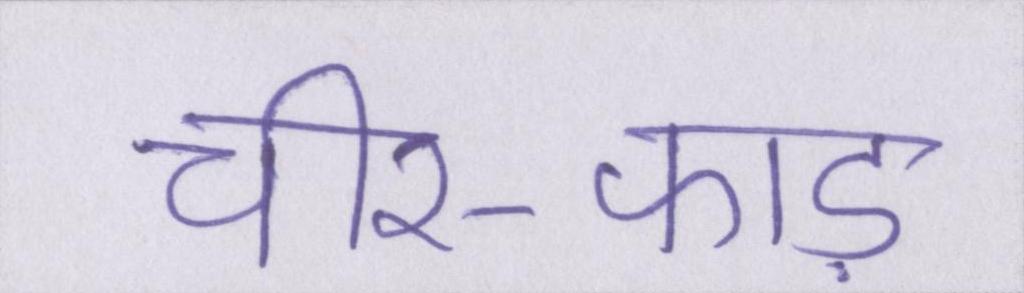
चीर-फाड़